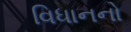
વિધાનનો